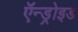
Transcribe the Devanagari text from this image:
ऍन्ड्रोइड